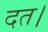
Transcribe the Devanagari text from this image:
दत।